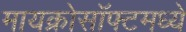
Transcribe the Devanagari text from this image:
मायक्रोसॉफ्टमध्ये